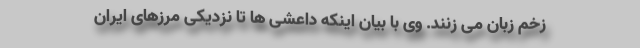
زخم زبان می زنند. وی با بیان اینکه داعشی ها تا نزدیکی مرزهای ایران